Document type: Emphyteutic lease
Year: 1274
Scribe: Pere Marquès
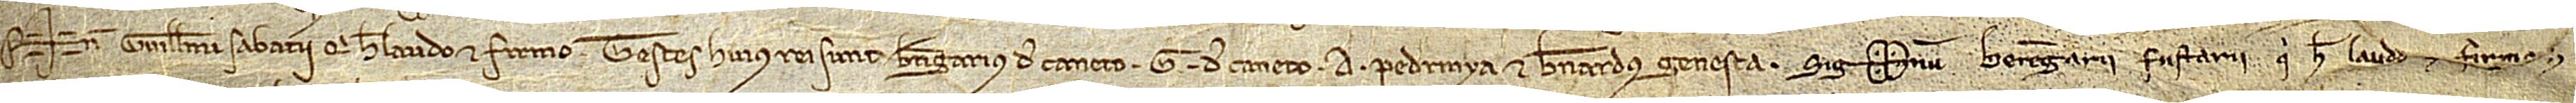
Sig+num Guillelmi Sabaterii, qui hec laudo et firmo. Testes huius rei sunt: Berengarius de Caneto, G. de Caneto, A. Pedrinya et Bernardus Genesta. Sig(signe)num Berengarii Fustarii, qui hec laudo et firmo.